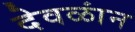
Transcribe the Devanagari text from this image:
देवळांन